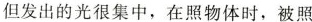
但发出的光很集中，在照物体时，被照